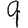
Digit: 9